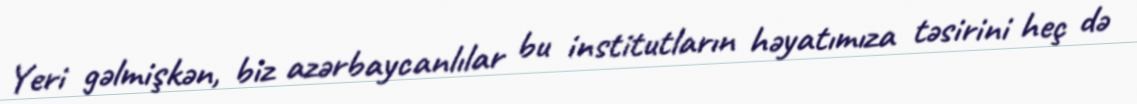
Yeri gəlmişkən, biz azərbaycanlılar bu institutların həyatımıza təsirini heç də